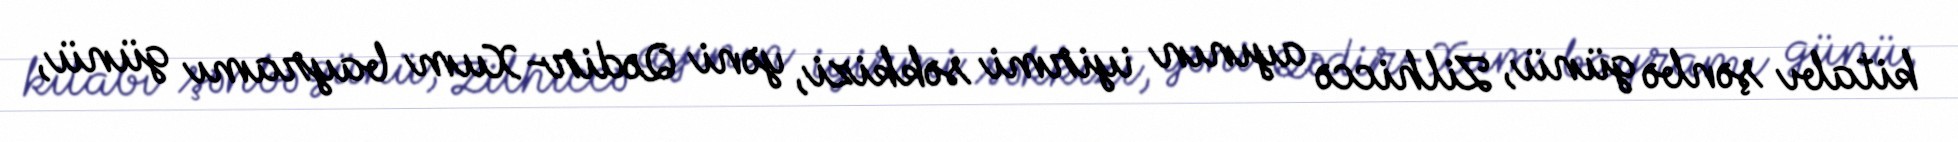
kitabı şənbə günü, Zilhiccə ayının iyirmi səkkizi, yəni Qədir-Xum bayramı günü,